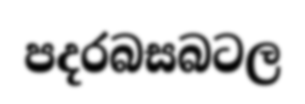
පදරබසබටල